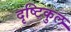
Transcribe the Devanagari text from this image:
दृष्टिकुल